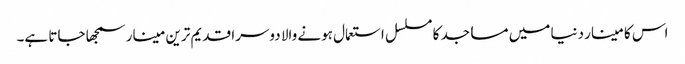
اس کا مینار دنیا میں مساجد کا مسلسل استعمال ہونے والا دوسرا قدیم ترین مینار سمجھا جاتا ہے۔